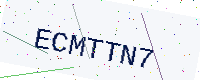
Text: ECMTTN7